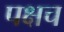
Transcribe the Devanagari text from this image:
पक्षच